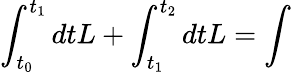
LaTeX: \int_{t_{0}}^{t_{1}}dtL+\int_{t_{1}}^{t_{2}}dtL=\int